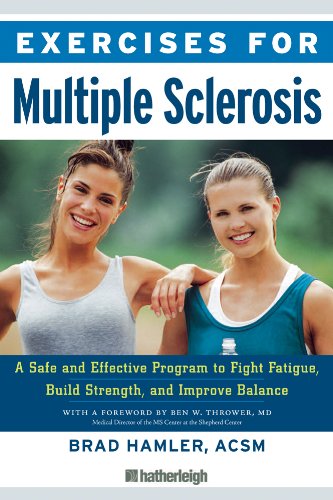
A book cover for Exercises for Multiple Sclerosis: A Safe and Effective Program to Fight Fatigue, Build Strength, and Improve Balance; Brad Hamler; Health, Fitness & Dieting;